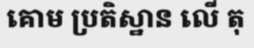
គោម ប្រតិស្ឋាន លើ តុ